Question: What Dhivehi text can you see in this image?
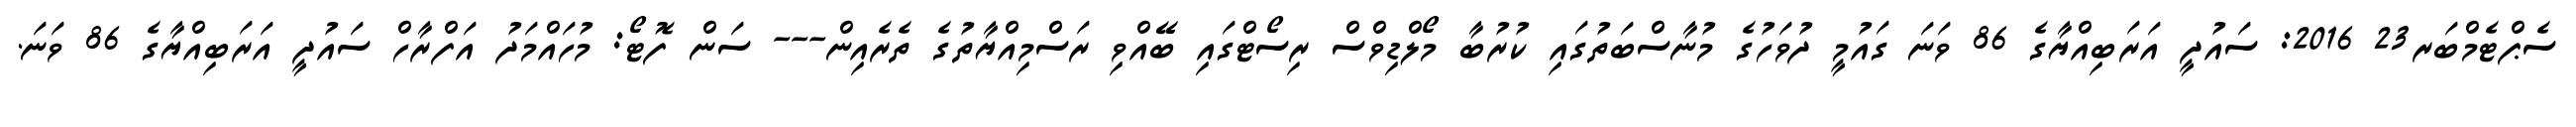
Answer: ސެޕްޓެމްބަރ23 2016: ސައުދީ އަރަބިއްޔާގެ 86 ވަނަ ގައުމީ ދުވަހުގެ މުނާސްބަތުގައި ކުރުބާ މޯލްޑިވްސް ރިސޯޓްގައި ބޭއްވި ރަސްމިއްޔާތުގެ ތެރެއިން--- ސަން ފޮޓޯ: މުހައްމަދު އަފްރާހް ސައުދީ އަރަބިއްޔާގެ 86 ވަނަ.